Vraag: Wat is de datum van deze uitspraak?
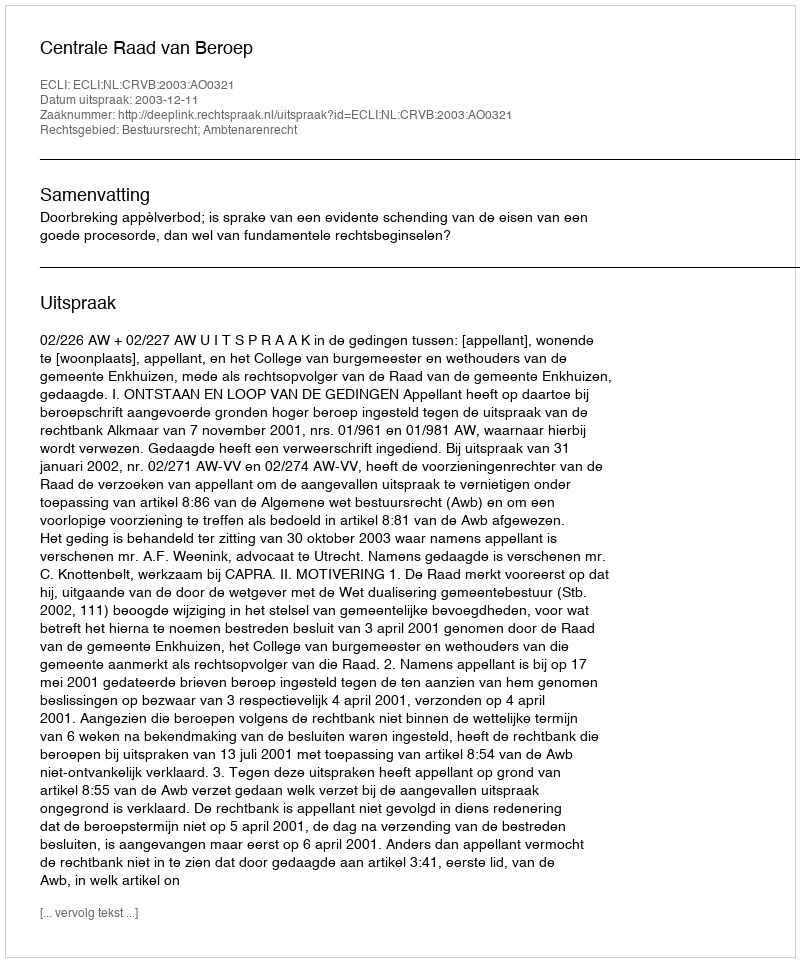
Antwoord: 2003-12-11